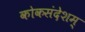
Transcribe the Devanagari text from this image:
कोकसंदेशम्